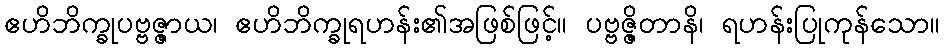
ဧဟိဘိက္ခုပဗ္ဗဇ္ဇာယ၊ ဧဟိဘိက္ခုရဟန်း၏အဖြစ်ဖြင့်။ ပဗ္ဗဇ္ဇိတာနိ၊ ရဟန်းပြုကုန်သော။